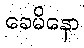
ခေမိနော